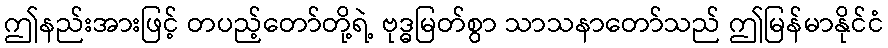
ဤနည်းအားဖြင့် တပည့်တော်တို့ရဲ့ ဗုဒ္ဓမြတ်စွာ သာသနာတော်သည် ဤမြန်မာနိုင်ငံ